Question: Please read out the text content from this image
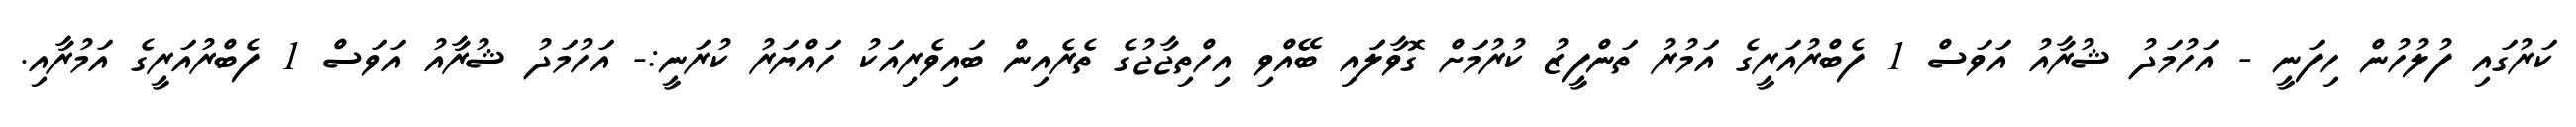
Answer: ކަރުގައި ފުލުހުން ހިފަނީ - އަހުމަދު ޝުރާއު އަވަސް 1 ފެބްރުއަރީގެ އަމުރު ތަންފީޒު ކުރުމަށް ގޮވާލަައި ބޭއްވި އިހްތިޖާޖުގެ ތެރެއިން ބައިވެރިއަކު ހައްޔަރު ކުރަނީ:- އަހުމަދު ޝުރާއު އަވަސް 1 ފެބްރުއަރީގެ އަމުރާއި.